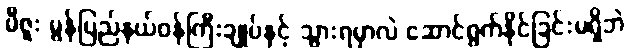
မီဇူး မွန်ပြည်နယ်ဝန်ကြီးချုပ်နှင့် သွားရမှာလဲ ဆောင်ရွက်နိုင်ခြင်းမရှိဘဲ